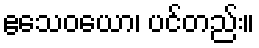
ဧသေဝယော၊ ပင်တည်း။